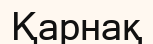
Қарнақ